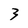
Character: 3